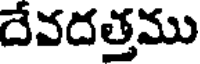
దేవదత్తము